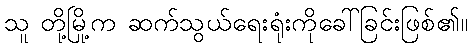
သူ တို့မြို့က ဆက်သွယ်ရေးရုံးကိုခေါ်ခြင်းဖြစ်၏။